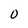
Character: O